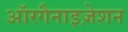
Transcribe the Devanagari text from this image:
ऑरगैनाइज़ेशन